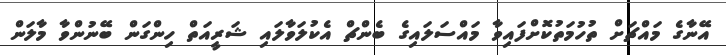
އޭނާގެ މައްޗަށް ތުހުމަތުކޮށްފައިވާ މައްސަލައިގެ ބެންޗް އެކުލަވާލައި ޝަރީއަތް ހިންގަން ބޭނުންވާ މާލަން